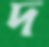
দ